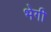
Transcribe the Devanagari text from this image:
भेगी